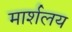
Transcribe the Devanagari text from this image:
मार्शलय